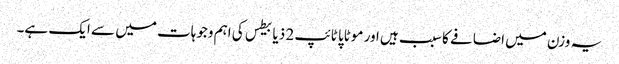
یہ وزن میں اضافے کا سبب ہیں اور موٹاپا ٹائپ 2 ذیابیطس کی اہم وجوہات میں سے ایک ہے۔